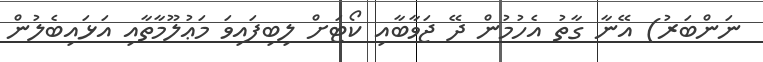
ނަންބަރު) އޭނާ ގާތު އެހުމުން ދޭ ޖަވާބާއި ކޯޓަށް ލިބިފައިވަ މަޢުލޫމާތާއި އަޅައިބެލުން